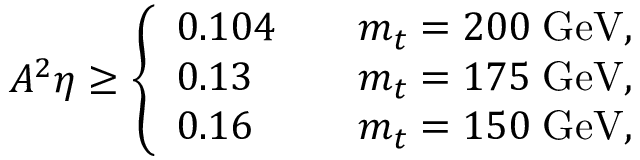
A ^ { 2 } \eta \geq \left\{ \begin{array} { l l } { { 0 . 1 0 4 \quad } } & { { m _ { t } = 2 0 0 \; \mathrm { G e V } , } } \\ { { 0 . 1 3 } } & { { m _ { t } = 1 7 5 \; \mathrm { G e V } , } } \\ { { 0 . 1 6 } } & { { m _ { t } = 1 5 0 \; \mathrm { G e V } , } } \end{array} \right.